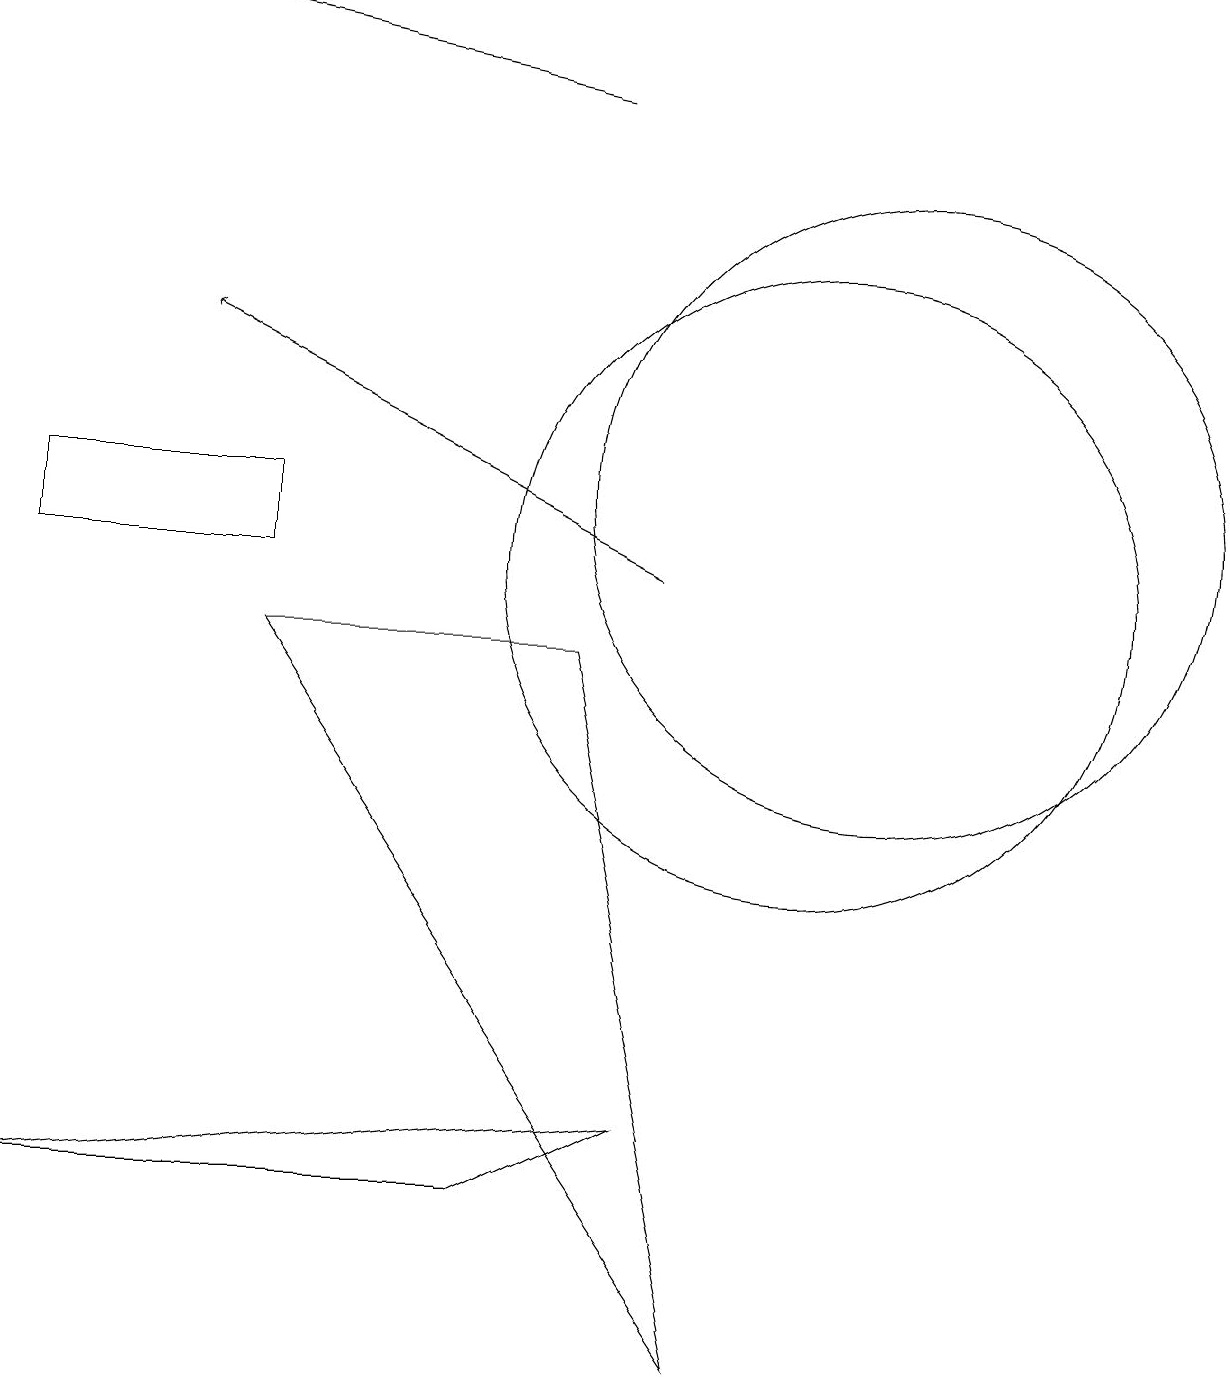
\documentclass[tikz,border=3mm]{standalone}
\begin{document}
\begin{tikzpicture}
\draw[->] (8,10) -- (2,13);
\draw (9,0) -- (7,9) -- (3,9) -- cycle;
\draw (10,10) circle (4);
\draw (11,11) circle (4);
\draw[->] (7,16) -- (2,17);
\draw (8,3) -- (0,2) -- (6,2) -- cycle;
\draw (0,11) rectangle (3,10);
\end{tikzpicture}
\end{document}